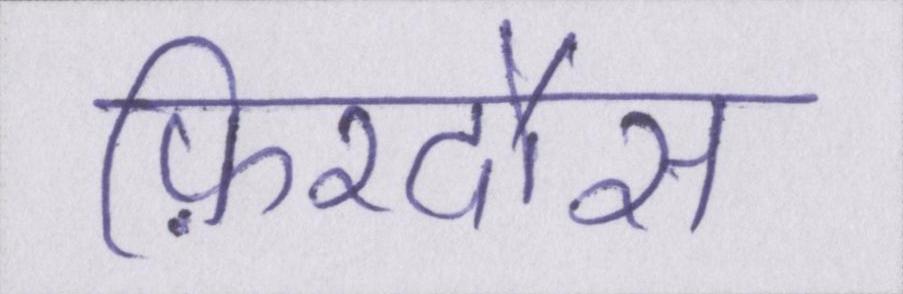
फ़िरदौस